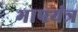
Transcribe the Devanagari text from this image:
भापयंत्र